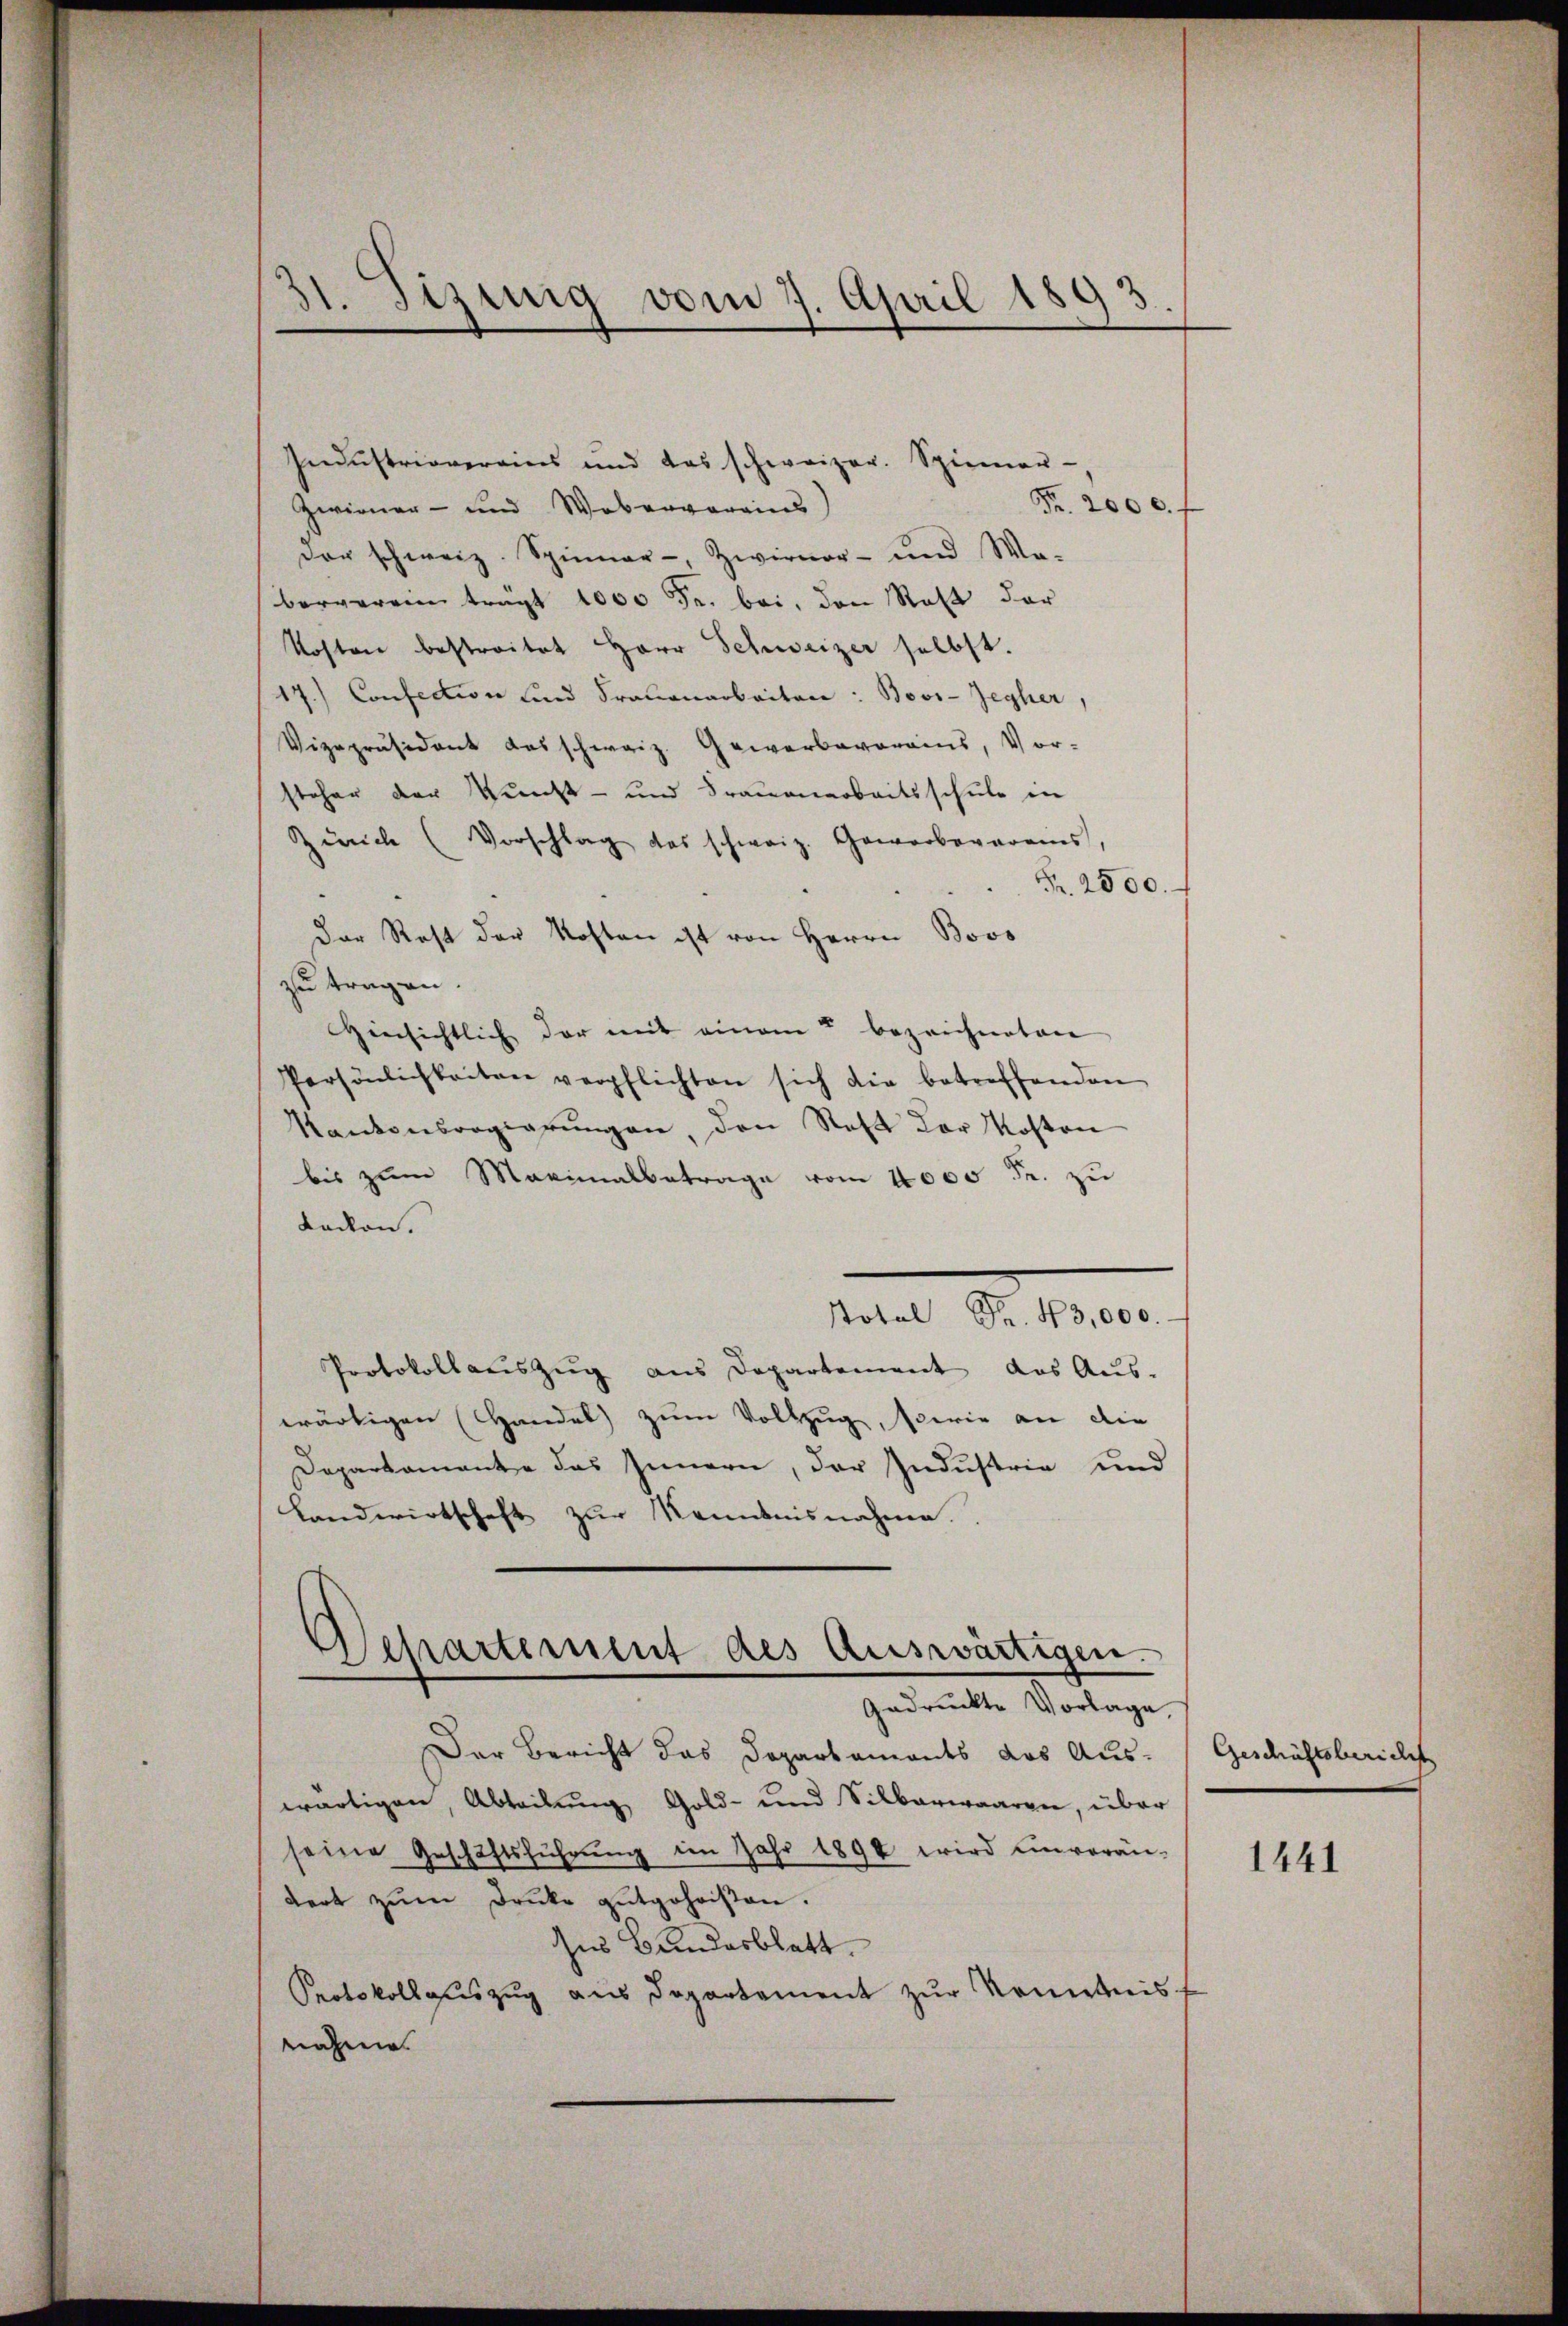
Industriovereins und das schweizer. Spiemer-
Fr. 200 c.
Zwirner- und Webervoreins
der schweiz. Spinner-, Zwirner- und Wa-
berverein trägt 1000 Fr. bei, den Rat der
Kosten bestreitet Herr Schweizer selbst.
17.) Confection und Frauenarbeiten: Bovi-Zegher,
Vizepräsident das schweiz. Gewerbeverains, Vor-
steher der Kunst- und Frauenarbeitsschule in
Zürich (Vorschlag das schweiz. Gewerbevereins
Fr. 2500.
Der Rest der Kosten ist von Herrn Bovo
zu tragen.
Hinsichtlich der mit einem bezeichneten
Persönlichkeiten verpflichten sich die betreffenden
Kantonsregierŭngen, den Rest der Kosten
bis zum Maximalbetrage vom 1000 Fr. zu
dacken.
Total Fr. 43,000.
Protokollauszug aus Departement das Aus-
wärtigen (Handel zum Vollzug, sowie an die
Departamante das Innern, der Industria und
Landwirtschaft zur Kenntnisnahme.
Departement des Auswärtigen.
gedruckte Vorlage,
Der Bericht das Departaments das Aus-
wärtigen, Abteilŭng Gold- und Silberwaaren, über
seine Geschäftsführŭng im Jahr 1890 wird einverän-
dert zŭm Druke gutgeheisen.
des Bundesblatt.
Protokollauszug aus Departement zur Kenntnisnahme

d. Tizung vom 7. April 1893

Geschäftsbericht

1441